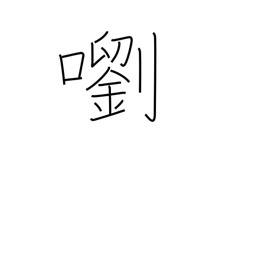
Meaning: a clear sound